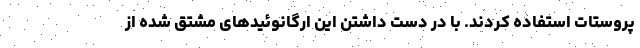
پروستات استفاده کردند. با در دست داشتن این ارگانوئیدهای مشتق شده از